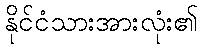
နိုင်ငံသားအားလုံး၏